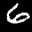
Label: 6